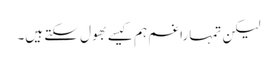
لیکن تمہارا غم ہم کیسے بھول سکتے ہیں۔